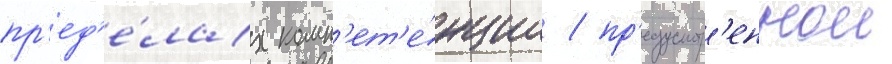
пр'ед'е́лах комп'ет'е́нции / пр'едусмотр'еннои